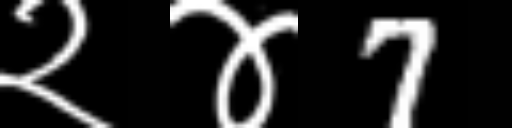
Text: २४7